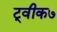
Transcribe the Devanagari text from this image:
ट्वीक७